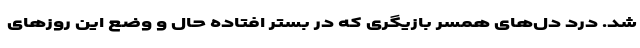
شد. درد دل‌های همسر بازیگری که در بستر افتاده حال و وضع این روزهای